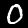
Label: 0